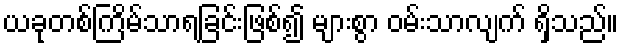
ယခုတစ်ကြိမ်သာရခြင်းဖြစ်၍ များစွာ ဝမ်းသာလျက် ရှိသည်။